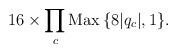
LaTeX: \begin{align*}16\times \prod_c {\rm Max}\,\{8|q_c|,1\}.\end{align*}